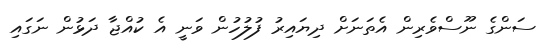
ސަންގެ ނޫސްވެރިން އެތަނަށް ދިޔައިރު ފުލުހުން ވަނީ އެ ކުއްޖާ ދަޅުން ނަގައި